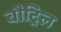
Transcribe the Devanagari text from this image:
बौट्रिल